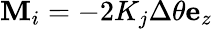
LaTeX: \mathbf{M}_{i}=-2K_{j}\Delta\theta\mathbf{e}_{z}